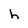
Character: h